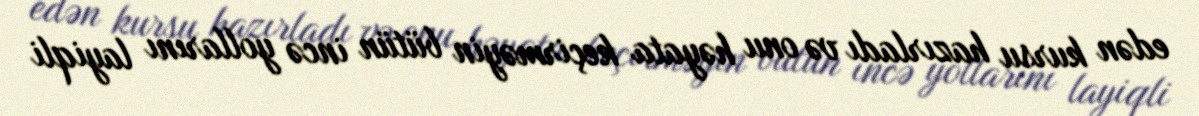
edən kursu hazırladı və onu həyata keçirməyin bütün incə yollarını layiqli